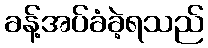
ခန့်အပ်ခံခဲ့ရသည်